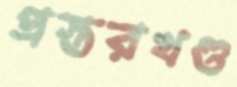
প্রস্তরখণ্ড